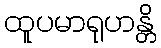
ထူပမာရုဟန္တိ